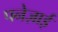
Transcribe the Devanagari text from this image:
पनेज़ाई